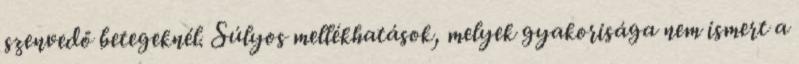
szenvedő betegeknél. Súlyos mellékhatások, melyek gyakorisága nem ismert a